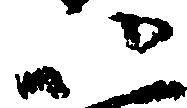
以